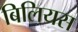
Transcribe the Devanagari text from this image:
बिलियस